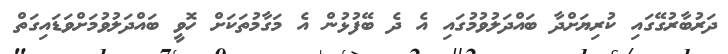
ދަރުބާރުގޭގައި ކުރިޔަށްދާ ބައްދަލުވުމުގައި އެ ދެ ބޭފުޅުން އެ މަގާމުތަކަށް ހޮވީ ބައްދަލުވުމަށްވަޑައިގަތް